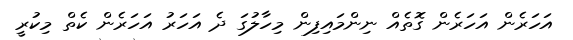
އަހަރެން އަހަރެން ގޮތެއް ނިންމައިފިން މިހާލުގަ ދެ އަހަރު އަހަރެން ކެތް މިކުރީ